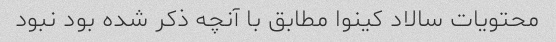
محتویات سالاد کینوا مطابق با آنچه ذکر شده بود نبود